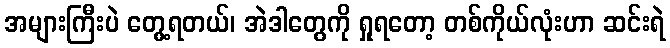
အများကြီးပဲ တွေ့ရတယ်၊ အဲဒါတွေကို ရှုရတော့ တစ်ကိုယ်လုံးဟာ ဆင်းရဲ